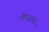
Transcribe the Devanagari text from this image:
फित्ज़रॉय